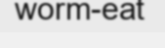
worm-eat